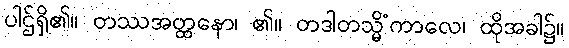
ပါဌ်ရှိ၏။ တဿအတ္ထနော၊ ၏။ တဒါတသ္မိံကာလေ၊ ထိုအခါ၌။